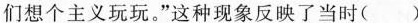
们想个主义玩玩。”这种现象反映了当时( )